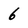
Character: 6